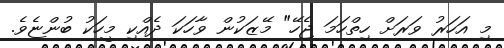
މި އަހަރު ވަރަށް ހިތްހަމަ ޖެހޭ" މޭޒަކުން ވާހަކަ ދެއްކި މީހަކު ބުންޏެވެ.